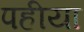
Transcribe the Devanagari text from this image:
पहीया